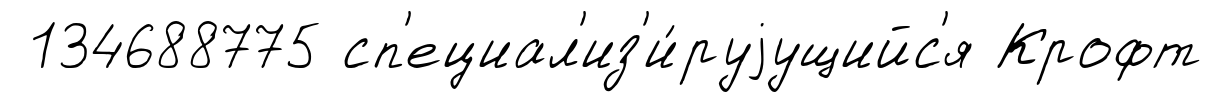
134688775 сп'ециал'из'и́руjущийс'я Крофт